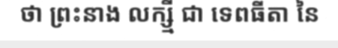
ថា ព្រះនាង លក្ស្មី ជា ទេពធីតា នៃ